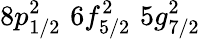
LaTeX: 8p_{1/2}^{2}\, \, 6f_{5/2}^{2}\, \, 5g_{7/2}^{2}